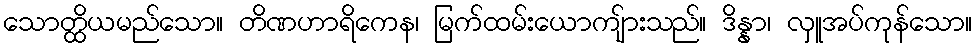
သောတ္ထိယမည်သော။ တိဏဟာရိကေန၊ မြက်ထမ်းယောကျ်ားသည်။ ဒိန္နာ၊ လှူအပ်ကုန်သော။